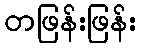
တဖြန်းဖြန်း